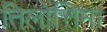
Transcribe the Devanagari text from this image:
तिलोत्तिमा